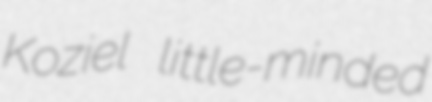
Koziel little-minded